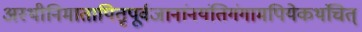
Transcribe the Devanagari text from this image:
अस्थीनिमातापितृपूर्वजानांनयंतिगंगामपियेकथंचित्